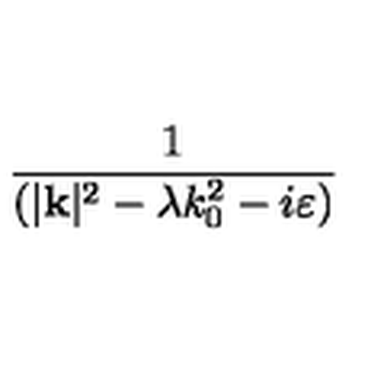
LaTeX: \frac { 1 } { ( | \mathbf { k } | ^ { 2 } - \lambda k _ { 0 } ^ { 2 } - i \varepsilon ) }